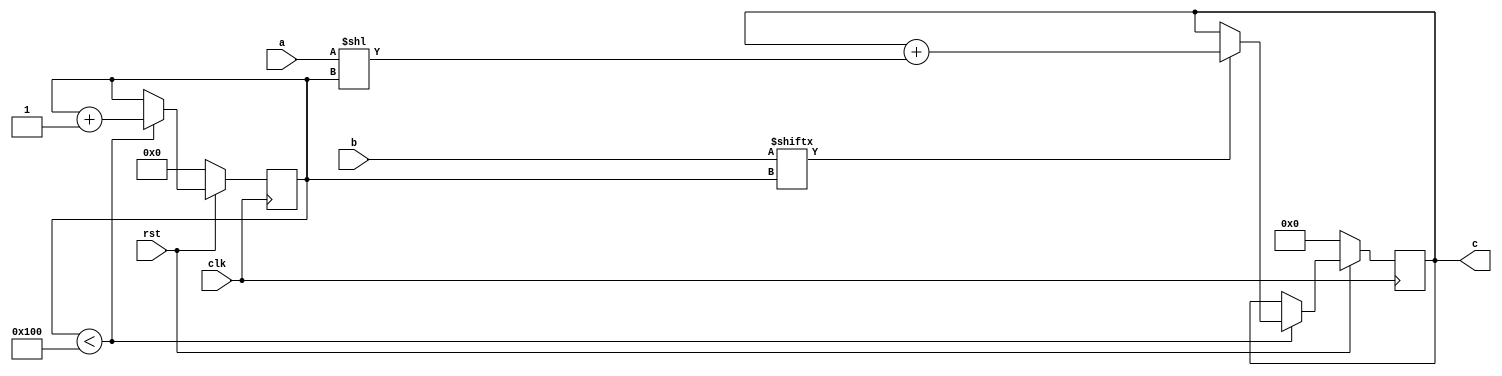
// TalTech large integer multiplier library
// Multiplier type: schoolbook
// Parameters: 256 256 1
// Target tool: genus
module schoolbook(clk, rst, a, b, c);
input clk;
input rst;
input [255:0] a;
input [255:0] b;
output reg [511:0] c;

// no pipeline vars
reg  [8:0] count;

always @(posedge clk) begin
	if (rst == 1'b0) begin
		c <= 512'd0;
		count <= 9'd0;
	end
	else begin
		if (count < 256) begin
			if (b[count] == 1) begin
				c <= c + (a << count);
			end
			count <= count + 1;
		end
	end
end
endmodule